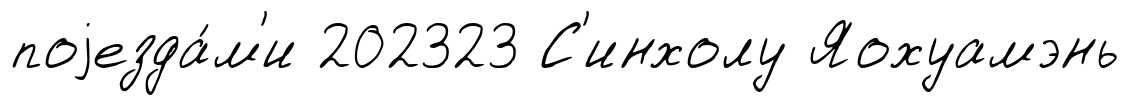
поjезда́м'и 202323 С'инхолу Яохуамэнь